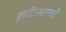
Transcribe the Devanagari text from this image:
होगी।सातवाँ